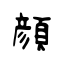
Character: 顔